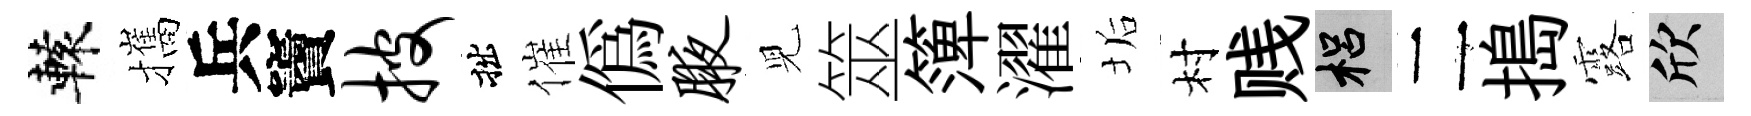
轅攜兵竇披拙催偽腋児筮𥱼濯垢村贱梠二搗露欣